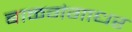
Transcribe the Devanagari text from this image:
बाळगंगाधर